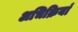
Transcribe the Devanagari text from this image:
अभिक्रियां